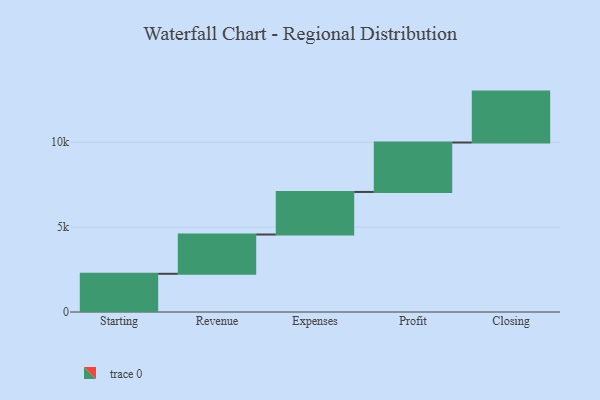
{"axis": {"x": "Step", "y": "Value"}, "legend": [""], "data": [{"x": "Starting", "y": 2251.0, "type": ""}, {"x": "Revenue", "y": 2314.0, "type": ""}, {"x": "Expenses", "y": 2507.0, "type": ""}, {"x": "Profit", "y": 2913.0, "type": ""}, {"x": "Closing", "y": 3000, "type": ""}]}